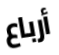
أرباع